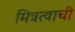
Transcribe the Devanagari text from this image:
मित्रत्वाची